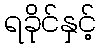
ရခိုင်နှင့်